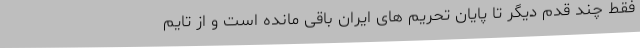
فقط چند قدم دیگر تا پایان تحریم های ایران باقی مانده است و از تایم